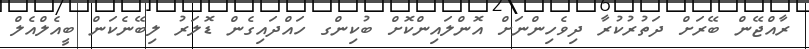
ރާއްޖޭން ބޭރަށް ދަތުރުކުރާ ދިވެހިންނަށް އޮންލައިންކޮށް ބުކިންގ ހައްދައިގެން ޑޮލަރު ލިބޭނެކަން ބީއެލްއެލް